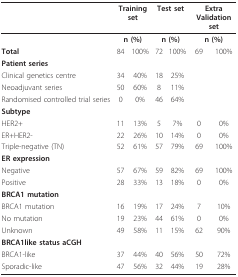
<table><thead><tr><td></td><td colspan="2"><b>Training set</b></td><td colspan="2"><b>Test set</b></td><td colspan="2"><b>Extra Validation set</b></td></tr></thead><tbody><tr><td></td><td colspan="2"><b>n (%)</b></td><td colspan="2"><b>n (%)</b></td><td colspan="2"><b>n (%)</b></td></tr><tr><td><b>Total</b></td><td>84</td><td>100%</td><td>72</td><td>100%</td><td>69</td><td>100%</td></tr><tr><td><b>Patient series</b></td><td></td><td></td><td></td><td></td><td></td><td></td></tr><tr><td>Clinical genetics centre</td><td>34</td><td>40%</td><td>18</td><td>25%</td><td></td><td></td></tr><tr><td>Neoadjuvant series</td><td>50</td><td>60%</td><td>8</td><td>11%</td><td></td><td></td></tr><tr><td>Randomised controlled trial series</td><td>0</td><td>0%</td><td>46</td><td>64%</td><td></td><td></td></tr><tr><td><b>Subtype</b></td><td></td><td></td><td></td><td></td><td></td><td></td></tr><tr><td>HER2+</td><td>11</td><td>13%</td><td>5</td><td>7%</td><td>0</td><td>0%</td></tr><tr><td>ER+HER2-</td><td>22</td><td>26%</td><td>10</td><td>14%</td><td>0</td><td>0%</td></tr><tr><td>Triple-negative (TN)</td><td>52</td><td>61%</td><td>57</td><td>79%</td><td>69</td><td>100%</td></tr><tr><td><b>ER expression</b></td><td></td><td></td><td></td><td></td><td></td><td></td></tr><tr><td>Negative</td><td>57</td><td>67%</td><td>59</td><td>82%</td><td>69</td><td>100%</td></tr><tr><td>Positive</td><td>28</td><td>33%</td><td>13</td><td>18%</td><td>0</td><td>0%</td></tr><tr><td><b>BRCA1 mutation</b></td><td></td><td></td><td></td><td></td><td></td><td></td></tr><tr><td>BRCA1 mutation</td><td>16</td><td>19%</td><td>17</td><td>24%</td><td>7</td><td>10%</td></tr><tr><td>No mutation</td><td>19</td><td>23%</td><td>44</td><td>61%</td><td>0</td><td>0%</td></tr><tr><td>Unknown</td><td>49</td><td>58%</td><td>11</td><td>15%</td><td>62</td><td>90%</td></tr><tr><td><b>BRCA1like status aCGH</b></td><td></td><td></td><td></td><td></td><td></td><td></td></tr><tr><td>BRCA1-like</td><td>37</td><td>44%</td><td>40</td><td>56%</td><td>50</td><td>72%</td></tr><tr><td>Sporadic-like</td><td>47</td><td>56%</td><td>32</td><td>44%</td><td>19</td><td>28%</td></tr></tbody></table>